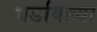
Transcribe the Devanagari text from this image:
घडविल्या